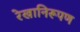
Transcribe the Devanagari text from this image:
रेखानिरूपण